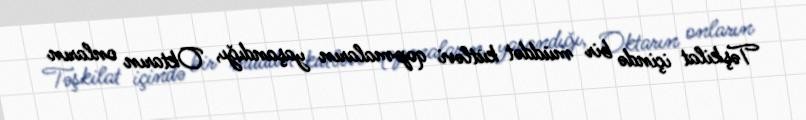
Təşkilat içində bir müddət kütləvi qopmaların yaşandığı, Oktarın onların